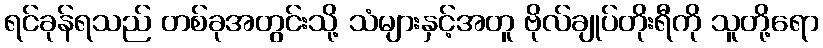
ရင်ခုန်ရသည် တစ်ခုအတွင်းသို့ သံများနှင့်အတူ ဗိုလ်ချုပ်တိုးရီကို သူတို့ရော